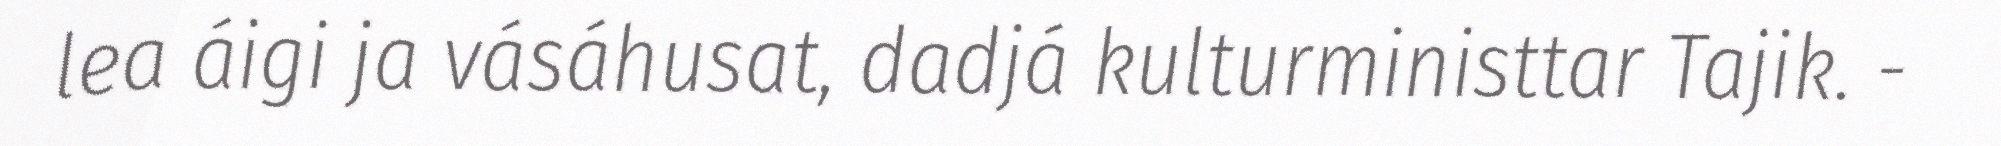
lea áigi ja vásáhusat, dadjá kulturministtar Tajik. -